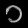
Digit: ၁